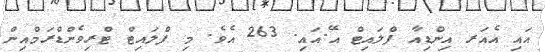
އައި އެއަރ އިންޑިއާ ފްލައިޓް އޭ.އައި. 263 އެވެ. މި ފްލައިޓް ޓްރިވެންޑްރަމްއިން